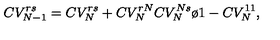
C V _ { N - 1 } ^ { r s } = C V _ { N } ^ { r s } + { C V _ { N } ^ { r N } C V _ { N } ^ { N s } \o 1 - C V _ { N } ^ { 1 1 } } ,